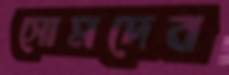
সোমদেব